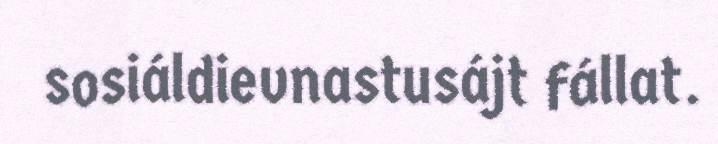
sosiáldievnastusájt fállat.